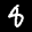
Label: 8